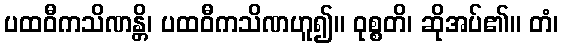
ပထဝီကသိဏန္တိ၊ ပထဝီကသိဏဟူ၍။ ဝုစ္စတိ၊ ဆိုအပ်၏။ တံ၊